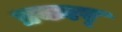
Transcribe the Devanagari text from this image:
प्रकार्